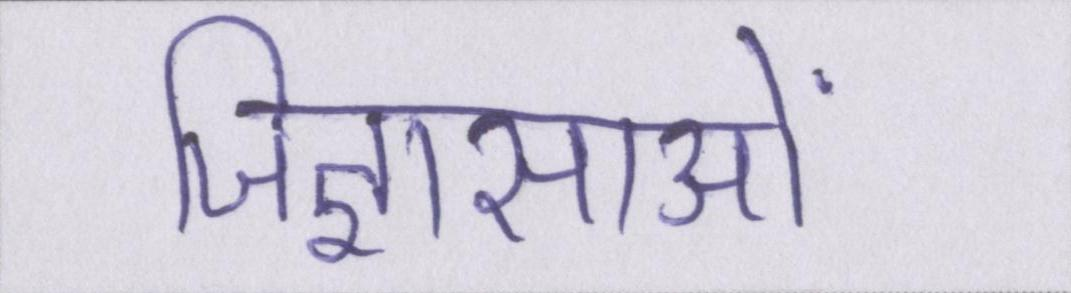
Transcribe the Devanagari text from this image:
जिज्ञासाओं